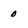
Character: 0